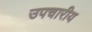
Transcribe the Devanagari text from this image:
उपचारीय